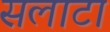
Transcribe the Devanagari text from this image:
सलाटा